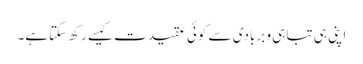
اپنی ہی تباہی و بربادی سے کوئی عقیدت کیسے رکھ سکتاہے۔